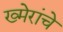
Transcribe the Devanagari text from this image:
ख्मेरांचे